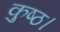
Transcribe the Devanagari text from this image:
कुष्ठ।